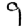
Digit: 9